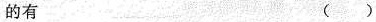
的有 ()